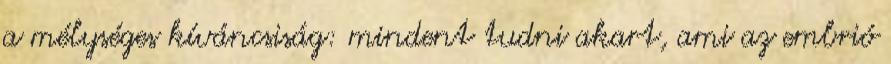
a mélységes kíváncsiság: mindent tudni akart, ami az embrió